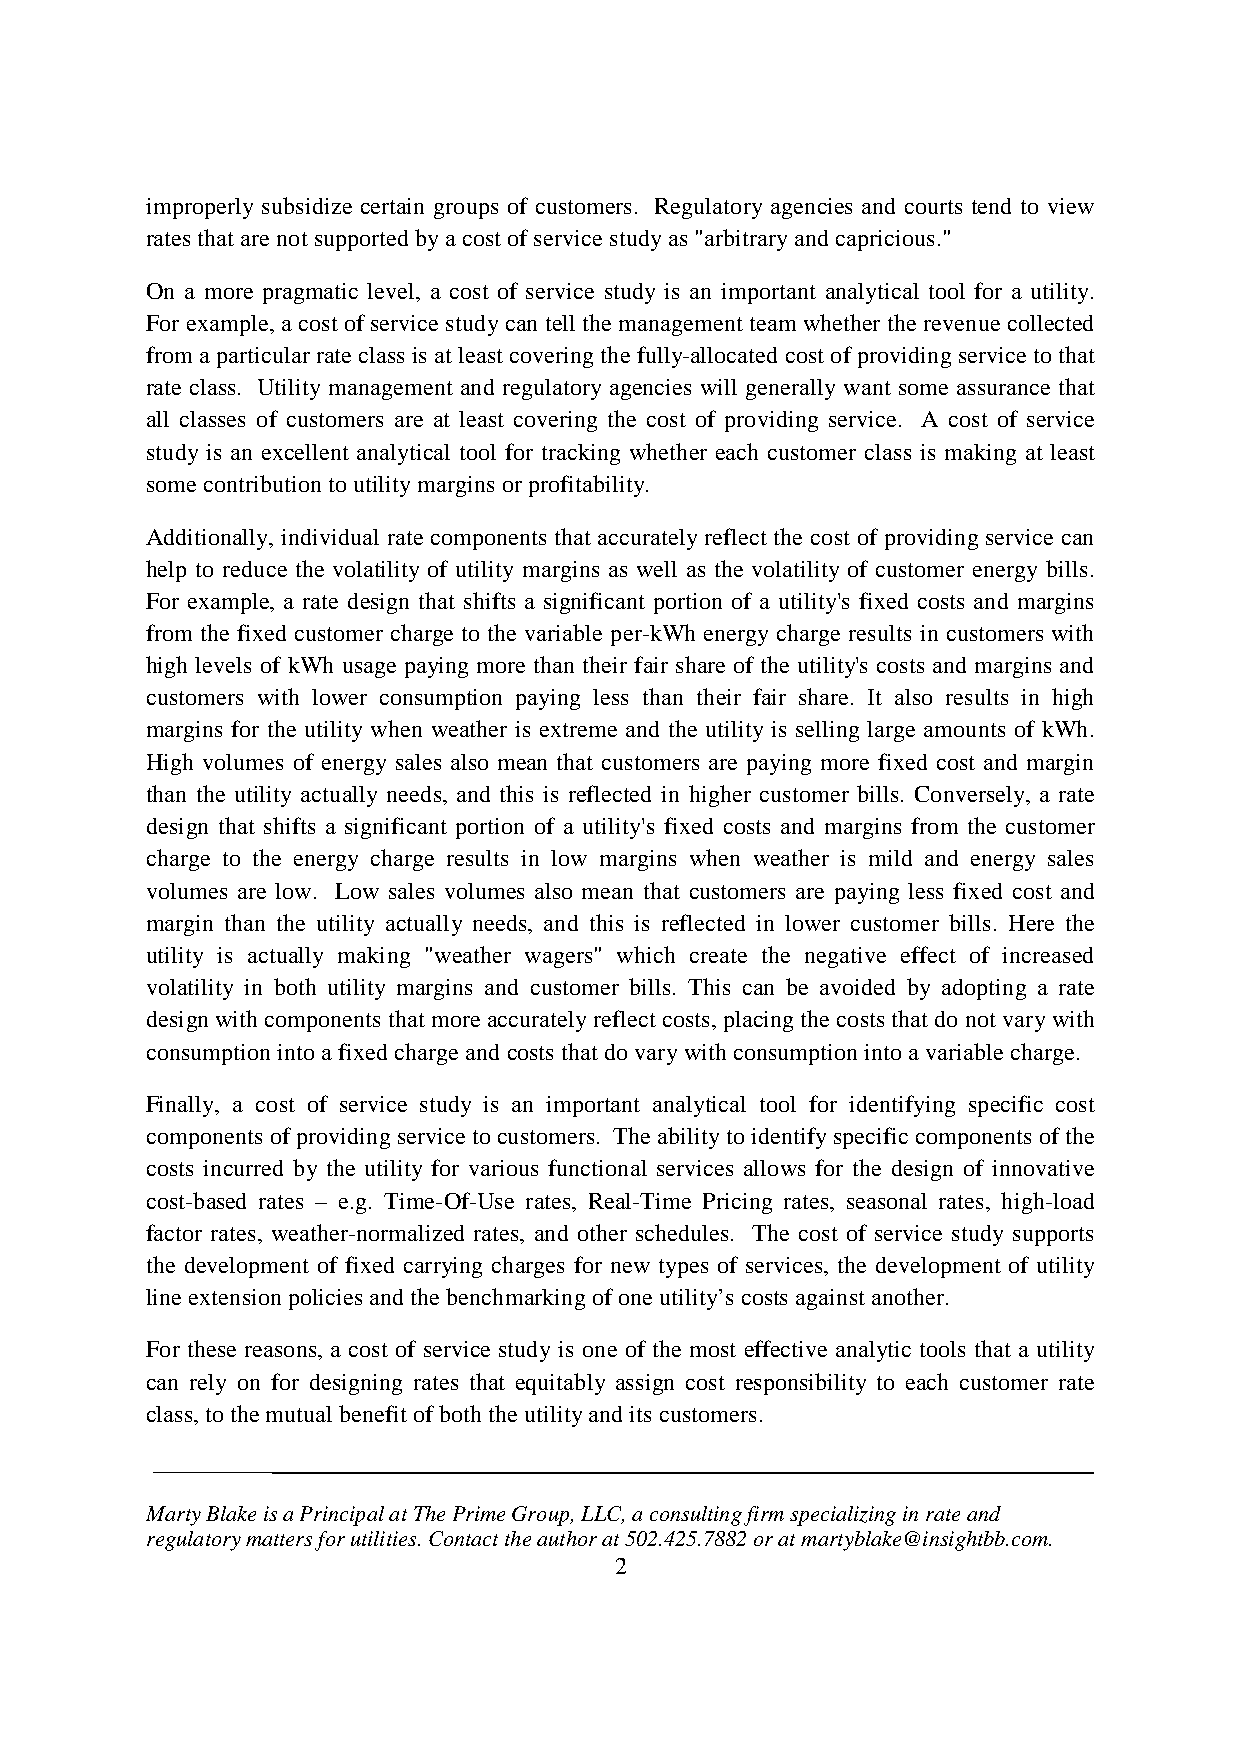
improperly subsidize certain groups of customers. Regulatory agencies and courts tend to view
 ratesthatarenotsupportedbyacostofservicestudyas"arbitraryandcapricious."
 On a more pragmatic level, a cost of service study is an important analytical tool for a utility.
 For example, acostof servicestudycan tellthe management teamwhether therevenue collected
 from aparticular rateclass is at leastcoveringthe fully-allocated cost ofprovidingserviceto that
 rate class. Utility management and regulatory agencies will generally want some assurance that
 all classes of customers are at least covering the cost of providing service. A cost of service
 study is an excellent analytical tool for tracking whether each customer class is making at least
 somecontributiontoutilitymarginsorprofitability.
 Additionally, individual rate components that accurately reflect the cost of providing service can
 help to reduce the volatility of utility margins as well as the volatility of customer energy bills.
 For example, a rate design that shifts a significant portion of a utility's fixed costs and margins
 from the fixed customer charge to the variable per-kWh energy charge results in customers with
 high levels of kWh usage paying more than their fair share of the utility's costs and margins and
 customers with lower consumption paying less than their fair share. It also results in high
 margins for the utility when weather is extreme and the utility is selling large amounts of kWh.
 High volumes of energy sales also mean that customers are paying more fixed cost and margin
 than the utility actually needs, and this is reflected in higher customer bills. Conversely, a rate
 design that shifts a significant portion of a utility's fixed costs and margins from the customer
 charge to the energy charge results in low margins when weather is mild and energy sales
 volumes are low. Low sales volumes also mean that customers are paying less fixed cost and
 margin than the utility actually needs, and this is reflected in lower customer bills. Here the
 utility is actually making "weather wagers" which create the negative effect of increased
 volatility in both utility margins and customer bills. This can be avoided by adopting a rate
 design withcomponents thatmore accuratelyreflectcosts,placingthecoststhatdonotvarywith
 consumptionintoafixedchargeandcosts thatdovarywithconsumptionintoavariablecharge.
 Finally, a cost of service study is an important analytical tool for identifying specific cost
 componentsofprovidingservicetocustomers. Theabilityto identifyspecificcomponentsofthe
 costs incurred by the utility for various functional services allows for the design of innovative
 cost-based rates – e.g. Time-Of-Use rates, Real-Time Pricing rates, seasonal rates, high-load
 factor rates, weather-normalized rates, and other schedules. The cost of service study supports
 the development of fixed carrying charges for new types of services, the development of utility
 lineextensionpoliciesandthebenchmarkingofoneutility’s costs against another.
 For these reasons, a cost of service study is one of the most effective analytic tools that a utility
 can rely on for designing rates that equitably assign cost responsibility to each customer rate
 class,tothemutualbenefitofboththeutilityandits customers.
 MartyBlakeisaPrincipalatThePrimeGroup,LLC,aconsultingfirmspecializinginrateand
 regulatorymattersforutilities.Contacttheauthorat502.425.7882oratmartyblake@insightbb.com.
 2